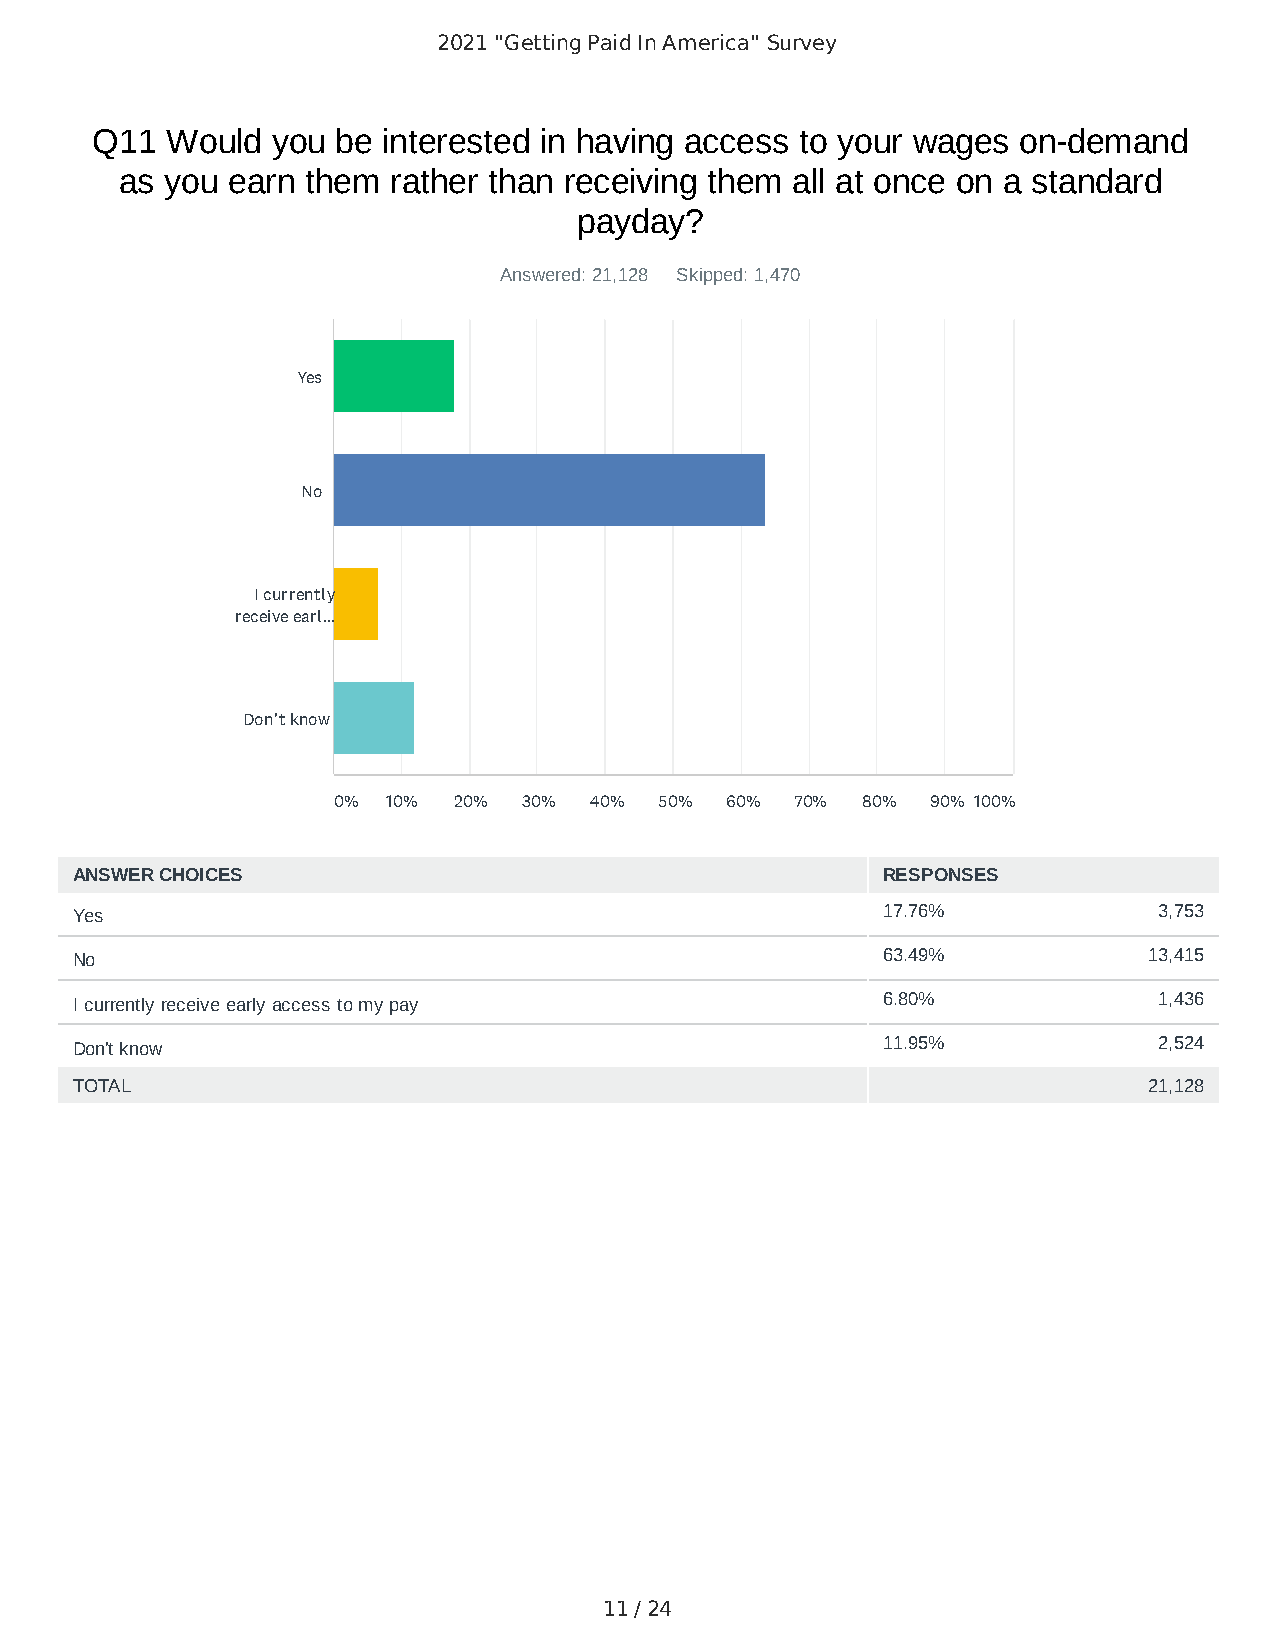
2021 "Getting Paid In America" Survey
 Q11  Would  you be interested in having access to your wages on-demand
 as you earn them  rather than receiving them all at once on a standard
 payday?
 Answered: 21,128 Skipped: 1,470
 Yes
 No
 I currently
 receive earl...
 Don't know
 0%  10% 20%  30% 40%  50% 60%  70% 80%  90% 100%
 ANSWER CHOICES                                       RESPONSES
 Yes                                                  17.76%             3,753
 No                                                   63.49%            13,415
 I currently receive early access to my pay           6.80%              1,436
 Don't know                                           11.95%             2,524
 TOTAL                                                                  21,128
 11 / 24